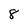
Character: 8